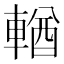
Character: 輶